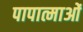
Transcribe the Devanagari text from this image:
पापात्माओं